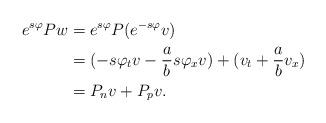
LaTeX: \begin{align*} e^{s\varphi}Pw&=e^{s\varphi}P(e^{-s\varphi}v)\\ &=(-s\varphi_tv-\frac{a}{b}s\varphi_xv)+(v_t+\frac{a}{b}v_x)\\ &=P_nv+P_pv.\end{align*}